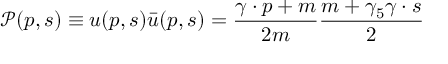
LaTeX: \mathcal { P } ( p , s ) \equiv u ( p , s ) \bar { u } ( p , s ) = \frac { \gamma \cdot p + m } { 2 m } \frac { m + \gamma _ { 5 } \gamma \cdot s } { 2 }